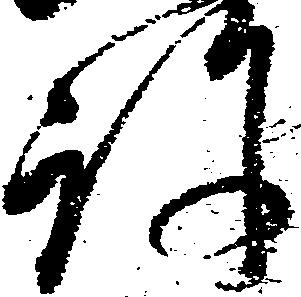
許